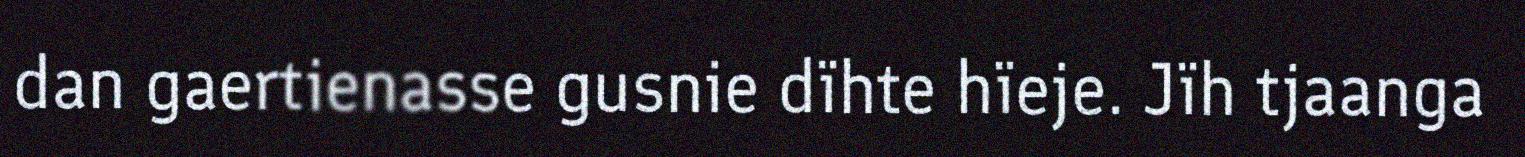
dan gaertienasse gusnie dïhte hïeje. Jïh tjaanga